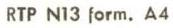
RTP N13 form. A4